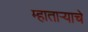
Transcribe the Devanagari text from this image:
म्हातार्‍याचे